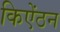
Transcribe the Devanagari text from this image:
किऐंठन